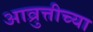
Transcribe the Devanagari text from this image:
आव्रुत्तीच्या